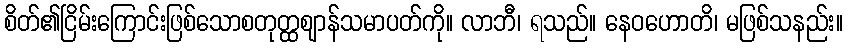
စိတ်၏ငြိမ်းကြောင်းဖြစ်သောစတုတ္ထဈာန်သမာပတ်ကို။ လာဘီ၊ ရသည်။ နေဝဟောတိ၊ မဖြစ်သနည်း။